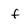
Character: f